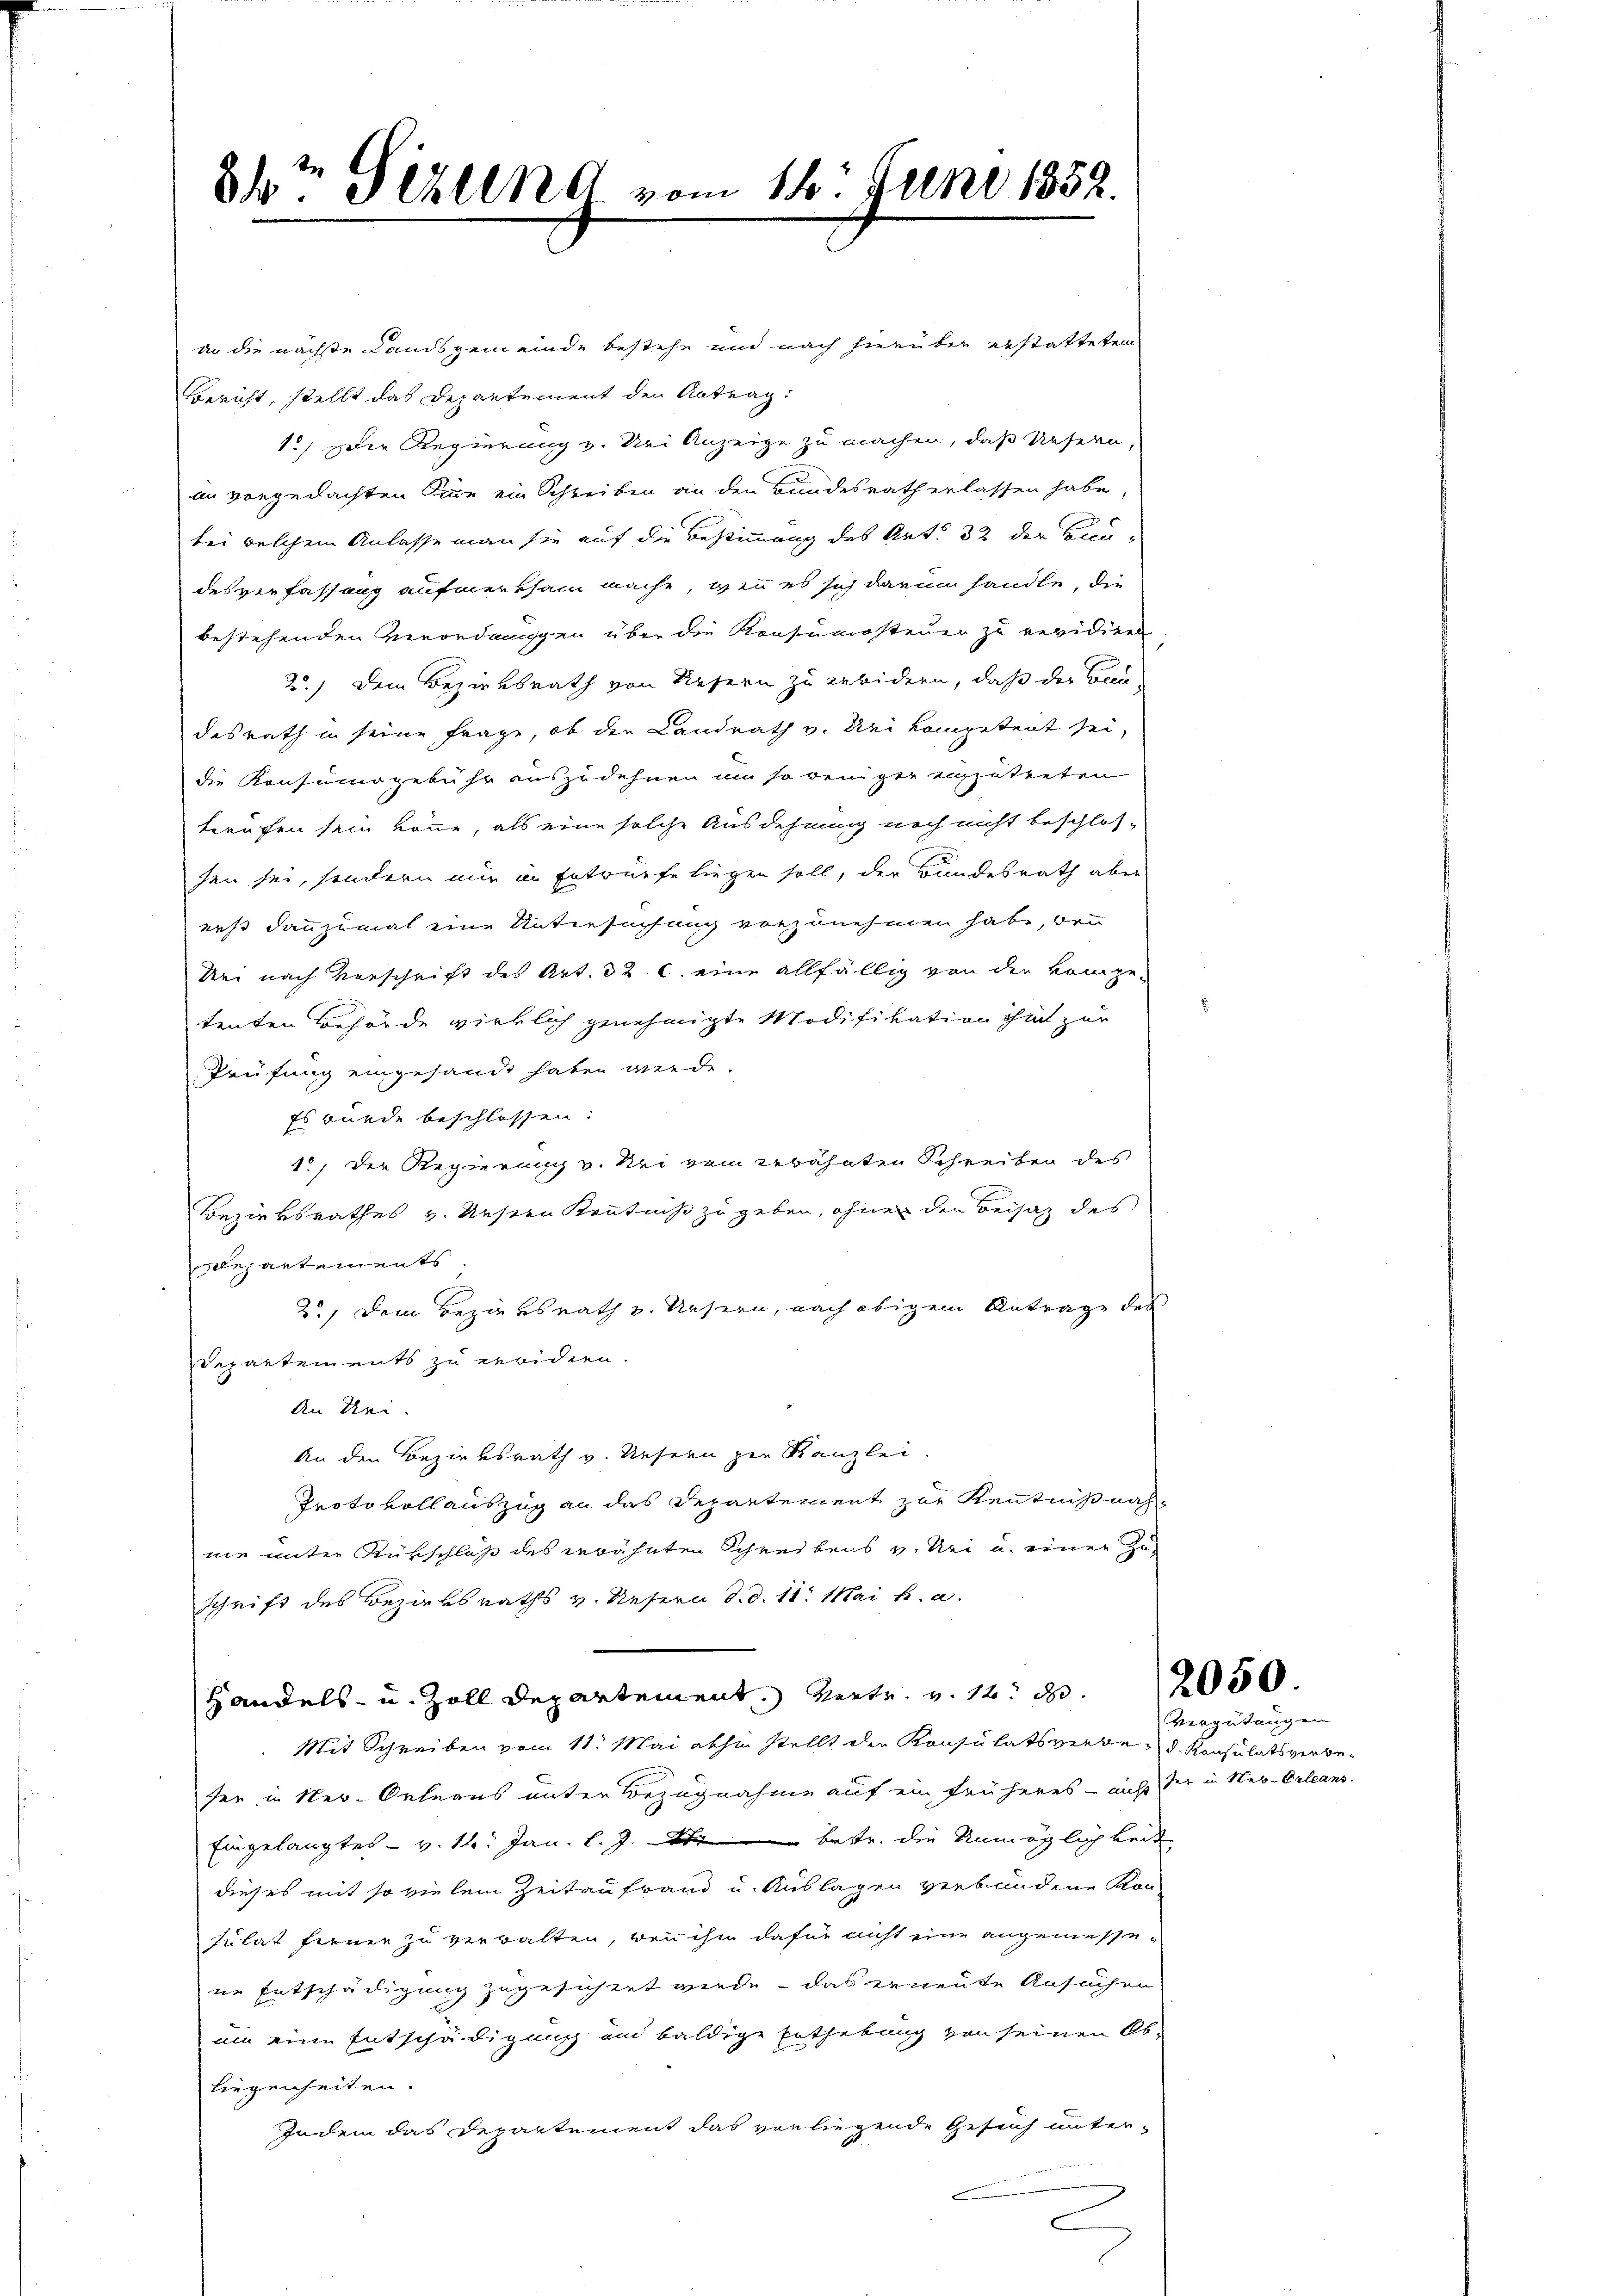
84t Fezung vom 14. Juni 1858.

an die nächste Landsgemeinde bestehe und nach hierüber erstatteten
Bericht, stellt das Departement den Antrag:
1.) Der Regierung v. Sei Anzeige zu machen, daß Unsern,
im vorgedachten Sie ein Schreiben an den Bundesrath erlassen habe
bei welchem Anlasse man sie auf die Bestimmung des Art. 32 der Baudesverfassung aufmerksam mache, wenn es sich darum handle, die
bestehenden Verordnungen über die Konsumsteuer zu revidier
2.) Dem Bezirksrath von Refern zu erbidern, daß der Bes
desrath in seine Frage, ob der Landrath v. Uri kompetent sei,
die Konsumsgebühr auszudehnen um so beiger einzutreten
berufen sein könne, als eine solche Ausdehnung noch nicht beschlos-
sen sei, sondern nur in Entwürfe liegen soll, der Bundesrath aber
erst dannzumal eine Untersuchung vorzunehmen habe, bei
Rei nach Vorschrift des Art. 32. C. eine allfällig von den kompe-
tenten Behörde wirklich genehmigte Modifikation ihm zur
Prüfung eingesandt haben werde.
Es wurde beschlossen:
1., Der Regierung v. Sei dem erwähnten Schreiben des
Bezirksrathes v. Unsern Kenntnis zu geben, ohner den Beisaz des
epartements
2.) Dem Bezirksrath v. Unsern, nach obigem Antrage des
Departements zu erwidern.
An Rei
An den Bezirksrath v. Unsern zur Kanzlei
Protokoll auszug an das Departement zur Kenntnis nach
nie unter Rükschloß des erwähnten Schreibens v. Uri u. einer Zuschrift des Bezirksraths v. Unsern d. d. 11. Mai h. a.
Handels- u. Zoll Departement. Vertr. v. 12. d. 2050.
Mit Schreiben vom 11. Mai abhin stellt die Konsulatsverbe d. Konsulatsverbeser in Neu-Orleans unter Bezugnahme auf ein früheres – nicht der in Neu-Orleans
Eingelangtes - v. 14. Jan. l. J. betr. die Unmöglichkeite
dieses mit so vielem Zeitaufwand u. Auslagen verbundene Kon-
sulat fernen zu verwalten, wenn ihm dafür nicht eine angemessene Entschädigung zugesichert werde - das erneute Ansuchen
um eine Entschädigung und baldige Enthebung von seinen Ob-
liegenheiten.
Indem das Departement das vorliegende Gesuch unter-
C

Vergütungen